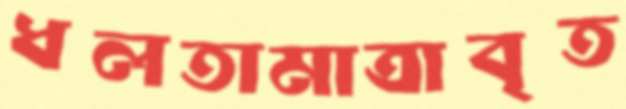
ধলতামাত্রাবৃত